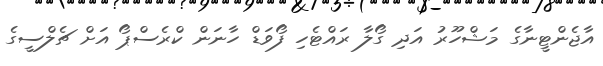
އާޖެންޓީނާގެ މަޝްހޫރު އަދި ގޯލާ ރައްޓެހި ފޯވަޑް ހާނަން ކްރެސްޕޯ އަށް ޗެލްސީގެ